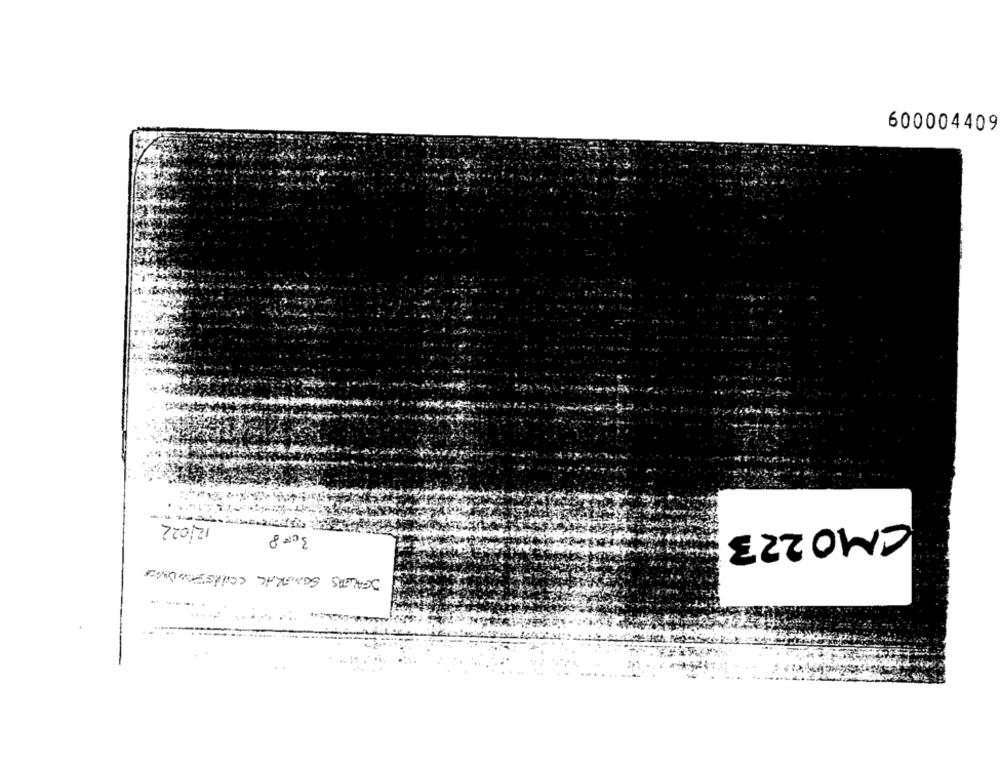
600004409
.
12/022
CMO 223
800€
DEALTOS SOMBRAL CORRESPONDANCE